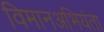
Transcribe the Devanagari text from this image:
विमानअभियंता